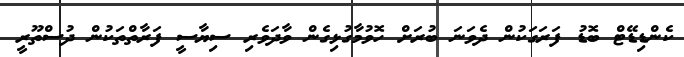
ކެންޑިޑޭޓް ބޮޑު ފަރަގަކުން ދެވަނަ ބުރަށް ހޮވުމާގުޅިގެން ވާދަވެރި ސިޔާސީ ފަރާތްތަކުން ދުސްތޫރީ